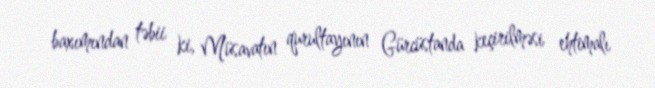
baxımından təbii ki, Müsavatın qurultayının Gürcüstanda keçirilməsi ehtimalı